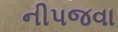
નીપજવા